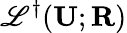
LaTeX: \mathscr{L}^{\dagger}(\mathbf{U};\mathbf{R})